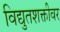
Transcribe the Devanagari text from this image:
विद्युतशक्तीवर